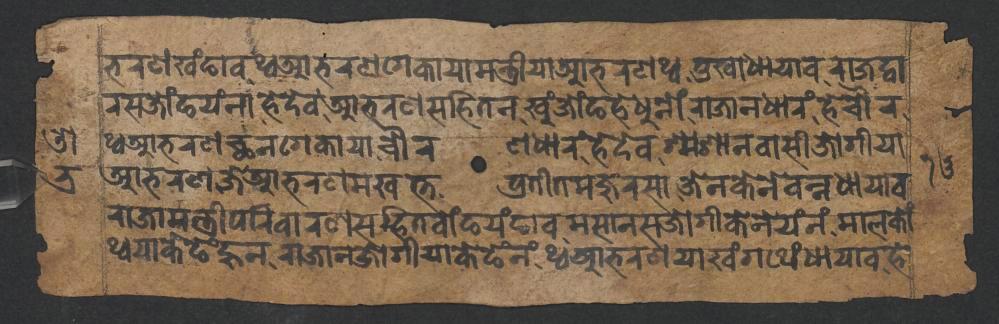
𑐨𑐬𑐞𑐏𑑄𑐒𑐵𑐰𑐠𑑂𑐰𑐁𑐨𑐬𑐞𑐐𑐾𑐎𑐵𑐫𑐵𑐩𑐣𑑂𑐟𑑂𑐬𑐷𑐫𑐵𑐁𑐨𑐬𑐞𑐠𑑂𑐰𑐟𑐸𑐏𑐵𑐢𑐵𑐫𑐵𑐰𑐬𑐵𑐖𑐡𑑂𑐰𑐵 𑐬𑐳𑐖𑑀𑑄𑐒𑐫𑑄𑐣𑐵𑐴𑐾𑐡𑐾𑐰𑐁𑐨𑐬𑐞𑐳𑐴𑐶𑐟𑐣𑐏𑐸𑑄𑐖𑑀𑑄𑐒𑐴𑐾𑐢𑐸𑐣𑑀𑑄𑐬𑐵𑐖𑐵𑐣𑐢𑐵𑐬𑑄𑐴𑐾𑐔𑑁𑐬 𑐠𑑂𑐰𑐁𑐨𑐬𑐞𑐕𑐣𑐐𑐾𑐎𑐵𑐫𑐵𑐔𑑁𑐬𑐞𑐢𑐵𑐬𑑄𑐴𑐾𑐡𑐾𑐰𑐱𑑂𑐩𑐱𑐵𑐣𑐰𑐵𑐳𑐷𑐖𑑀𑐐𑐷𑐫𑐵 𑐁𑐨𑐬𑐞𑐖𑐾𑐁𑐨𑐬𑐞𑐩𑐏𑐟𑑂𑐟𑐥𑑂𑐬𑐟𑐷𑐟𑐩𑐖𑐸𑐬𑐳𑐵𑐖𑐾𑐣𑐎𑐾𑐣𑐾𑐰𑐣𑑂𑐣𑐢𑐵𑐫𑐵𑐰 𑐬𑐵𑐖𑐵𑐩𑐣𑑂𑐟𑑂𑐬𑐷𑐥𑐬𑐶𑐰𑐵𑐬𑐞𑐳𑐴𑐶𑐟𑐧𑑀𑑄𑐒𑐫𑑄𑐒𑐵𑐰𑐩𑐳𑐵𑐣𑐳𑐖𑑀𑐐𑐷𑐎𑐾𑐣𑐾𑐫𑑄𑐣𑑄𑐩𑐵𑐮𑐎𑑀𑑄 𑐠𑑂𑐰𑐫𑐵𑐎𑐾𑐒𑐾𑐴𑐸𑐣𑐬𑐵𑐖𑐵𑐣𑐖𑑀𑐐𑐷𑐫𑐵𑐎𑐾𑐒𑐾𑑄𑐣𑑄𑐠𑑂𑐰𑐁𑐨𑐬𑐞𑐫𑐵𑐏𑑄𑐐𑐠𑐾𑑄𑐢𑐵𑐫𑐵𑐰𑐴𑐾